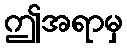
ဤအရာမှ